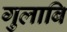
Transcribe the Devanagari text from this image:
गुलाबि